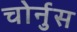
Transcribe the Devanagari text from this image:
चोर्नुस